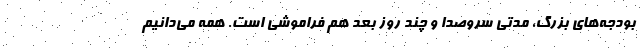
بودجه‌های بزرگ، مدتی سروصدا و چند روز بعد هم فراموشی است. همه می‌دانیم